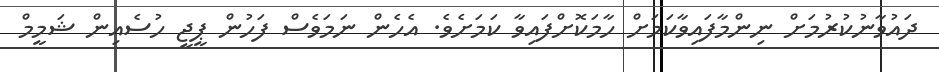
ދައުވާނުކުރުމަށް ނިންމާފައިވާކަމަށް ހާމަކޮށްފައިވާ ކަމަށެވެ. އެހެން ނަމަވެސް ފަހުން ޕީޖީ ހުސެއިން ޝަމީމް